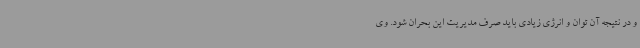
و در نتیجه آن توان و انرژی زیادی باید صرف مدیریت این بحران شود. وی